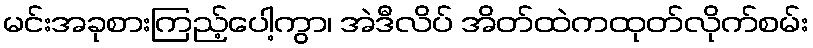
မင်းအခုစားကြည့်ပေါ့ကွာ၊ အဲဒီလိပ် အိတ်ထဲကထုတ်လိုက်စမ်း